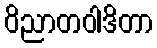
ဝိညာတဝါဒိတာ